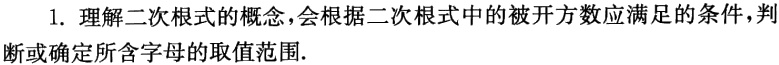
1. 理解二次根式的概念，会根据二次根式中的被开方数应满足的条件，判断或确定所含字母的取值范围.